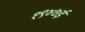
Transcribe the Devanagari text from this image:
१९४७ई